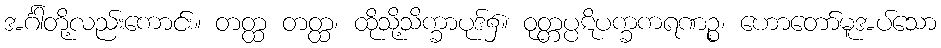
အင်္ဂါတို့လည်းကောင်း။ တတ္ထ တတ္ထ၊ ထိုသို့သိက္ခာပုဒ်၌။ ဝုတ္တပ္ပဋိပက္ခကရဏဉ္စ၊ ဟောတော်မူအပ်သော